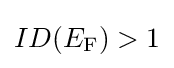
ID(E_{\rm {F}})>1